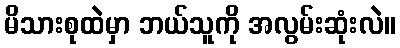
မိသားစုထဲမှာ ဘယ်သူကို အလွမ်းဆုံးလဲ။